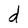
Character: d